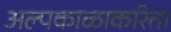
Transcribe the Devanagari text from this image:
अल्पकाळाकरिता